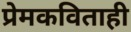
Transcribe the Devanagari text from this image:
प्रेमकविताही